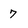
Character: 7